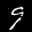
Label: 9